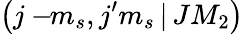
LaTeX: \left(j-\! \! m_{s},j^{\prime}m_{s}\, |\, JM_{2}\right)